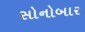
સોનોબાર